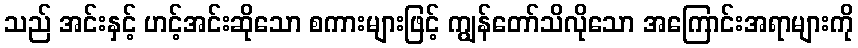
သည် အင်းနှင့် ဟင့်အင်းဆိုသော စကားများဖြင့် ကျွန်တော်သိလိုသော အကြောင်းအရာများကို